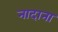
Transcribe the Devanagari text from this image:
नादाना